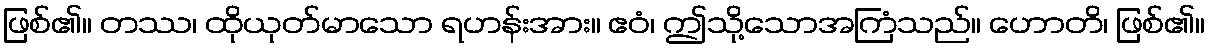
ဖြစ်၏။ တဿ၊ ထိုယုတ်မာသော ရဟန်းအား။ ဧဝံ၊ ဤသို့သောအကြံသည်။ ဟောတိ၊ ဖြစ်၏။